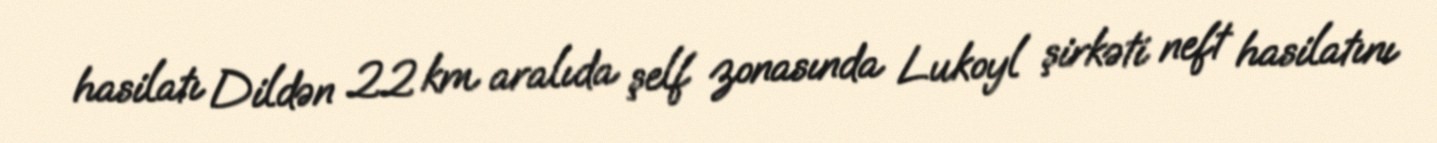
hasilatı Dildən 22 km aralıda şelf zonasında Lukoyl şirkəti neft hasilatını